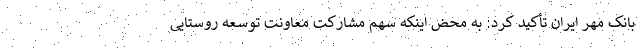
بانک مهر ایران تأکید کرد: به محض اینکه سهم مشارکت معاونت توسعه روستایی